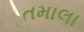
તમાલા